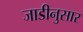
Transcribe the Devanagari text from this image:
जाडीनुसार